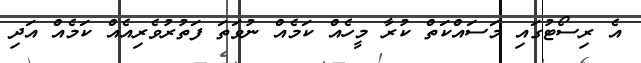
އެ ރިސޯޓުގައި މަސައްކަތް ކުރާ މީހެއް ކަމެއް ނުވަތަ ފަތުރުވެރިއެއް ކަމެއް އަދި